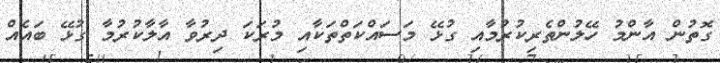
ގޮތުން އާންމު ހޭލުންތެރިކުރުމާއި ގުޅޭ މަސައްކަތްތަކާއި މުރަކަ ދިރުވާ އާލާކުރުމާ ގުޅޭ ބައެއް